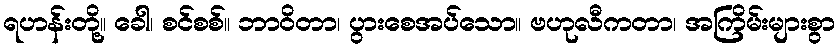
ရဟန်းတို့။ ခေါ၊ စင်စစ်။ ဘာဝိတာ၊ ပွားစေအပ်သော။ ဗဟုလီကတာ၊ အကြိမ်းများစွာ